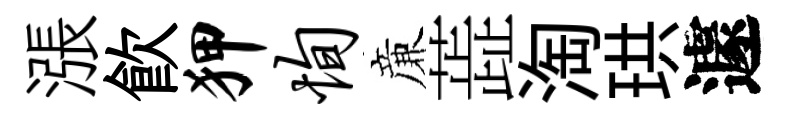
漲飮狎恂亷蕋淘珙遽